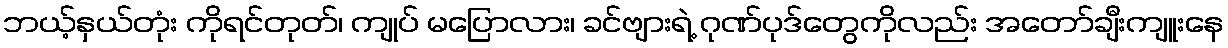
ဘယ့်နှယ်တုံး ကိုရင်တုတ်၊ ကျုပ် မပြောလား၊ ခင်ဗျားရဲ့ ဂုဏ်ပုဒ်တွေကိုလည်း အတော်ချီးကျူးနေ